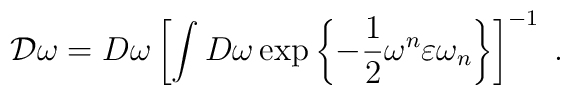
{\cal D}\omega=D\omega\left[\int D\omega \exp\left\{-\frac{1}{2}\omega^{n}\varepsilon\omega_{n}\right\}\right]^{-1}\;.